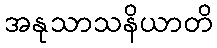
အနုသာသနိယာတိ